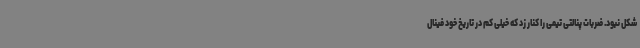
شکل نبود. ضربات پنالتی تیمی را کنار زد که خیلی کم در تاریخ خود فینال